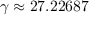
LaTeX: \gamma \approx 2 7 . 2 2 6 8 7